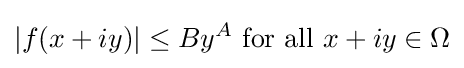
|f(x+iy)|\leq By^{A}\ {\text{for all}}\ x+iy\in \Omega